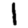
Digit: 1